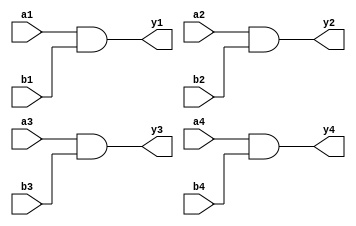
`timescale 1ns / 1ps
/////////////////////////////////////////////////////////////////
// Module Name: four_2_input_and_gate
// Description: Four 2-input AND gate with DELAY configuration parameter
// Parameters: DELAY
/////////////////////////////////////////////////////////////////

module four_2_input_and_gate#(parameter DELAY = 10)(
    input wire a1,b1,a2,b2,a3,b3,a4,b4,
    output wire y1,y2,y3,y4
    );
    
    and #DELAY (y1,a1,b1);
    and #DELAY (y2,a2,b2);
    and #DELAY (y3,a3,b3);
    and #DELAY (y4,a4,b4);
    
endmodule